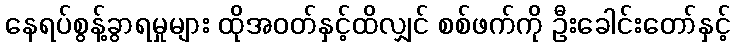
နေရပ်စွန့်ခွာရမှုများ ထိုအဝတ်နှင့်ထိလျှင် စစ်ဖက်ကို ဦးခေါင်းတော်နှင့်